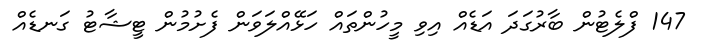
147 ފްލެޓުން ބާރުގަދަ އަޑެއް އިވި މީހުންތައް ހަޅޭއްލަވަން ފެށުމުން ޓީޝާޓު ގަނޑެއް